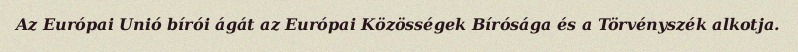
Az Európai Unió bírói ágát az Európai Közösségek Bírósága és a Törvényszék alkotja.